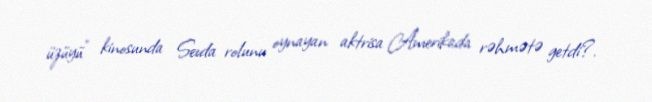
üzüyü” kinosunda Sevda rolunu oynayan aktrisa Amerikada rəhmətə getdi?.